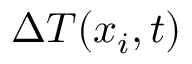
\Delta T ( x _ { i } , t )